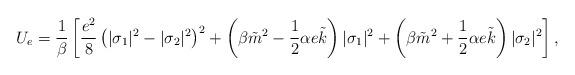
LaTeX: \begin{align*}U_{e} =\frac{1}{\beta}\left[ \frac{e^2}{8}\left(|\sigma_1|^2 - |\sigma_2|^2\right)^2 +\left(\beta \tilde m ^2- \frac{1}{2}\alpha e\tilde k\right)|\sigma_1|^2 + \left(\beta \tilde m ^2+\frac{1}{2}\alpha e\tilde k\right)|\sigma_2|^2 \right],\end{align*}